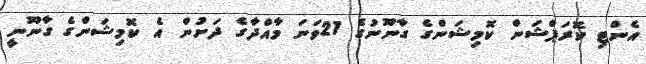
އެންޓި ކޮރަޕްޝަން ކޮމިޝަންގެ ގާނޫނުގެ 21ވަނަ މާއްދާގެ ދަށުން އެ ކޮމިޝަންގެ ގާނޫނީ